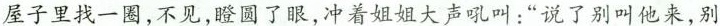
屋子里找一圈,不见,瞪圆了眼,冲着姐姐大声吼叫:“说了别叫他来,别